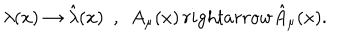
LaTeX: \lambda ( x ) \rightarrow \hat { \lambda } ( x ) ~ ~ , ~ ~ A _ { \mu } ( x ) \, r i g h t a r r o w \hat { A } _ { \mu } ( x ) .